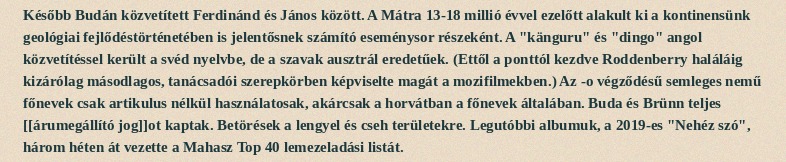
Később Budán közvetített Ferdinánd és János között. A Mátra 13-18 millió évvel ezelőtt alakult ki a kontinensünk geológiai fejlődéstörténetében is jelentősnek számító eseménysor részeként. A "känguru" és "dingo" angol közvetítéssel került a svéd nyelvbe, de a szavak ausztrál eredetűek. (Ettől a ponttól kezdve Roddenberry haláláig kizárólag másodlagos, tanácsadói szerepkörben képviselte magát a mozifilmekben.) Az -o végződésű semleges nemű főnevek csak artikulus nélkül használatosak, akárcsak a horvátban a főnevek általában. Buda és Brünn teljes [[árumegállító jog]]ot kaptak. Betörések a lengyel és cseh területekre. Legutóbbi albumuk, a 2019-es "Nehéz szó", három héten át vezette a Mahasz Top 40 lemezeladási listát.